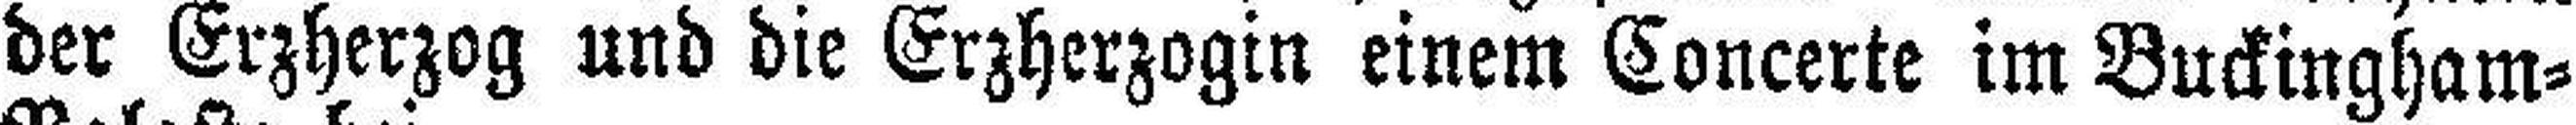
der Erzherzog und die Erzherzogin einem Concerte im Buckingham=